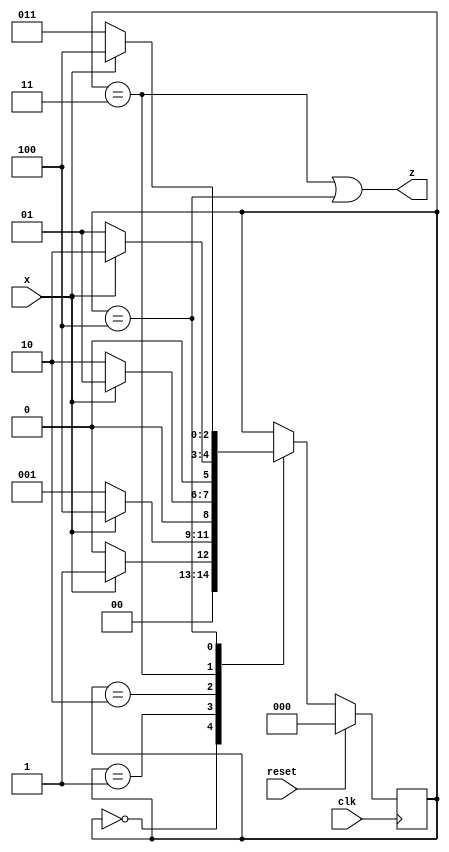
module top_module(
    input clk,
    input reset,
    input x,
    output z
);

    reg [2:0] Present_state, Next_state;

    always @(posedge clk) begin
        if(reset) Present_state <= 3'b000;
        else Present_state <= Next_state;
    end

    always @(*) begin
        case (Present_state)
            3'b000: Next_state = x?3'b001:3'b000;
            3'b001: Next_state = x?3'b100:3'b001;
            3'b010: Next_state = x?3'b001:3'b010;
            3'b011: Next_state = x?3'b010:3'b001;
            3'b100: Next_state = x?3'b100:3'b011;
            default: Next_state = Present_state;
        endcase
    end

    assign z = (Present_state == 3'b011 || Present_state == 3'b100);

endmodule